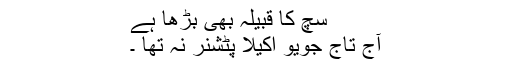
سچ کا قبیلہ بھی بڑھا ہے
آج تاج جویو اکیلا پٹشنر نہ تھا ۔